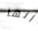
أنها